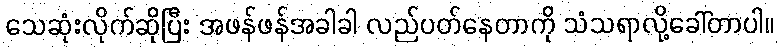
သေဆုံးလိုက်ဆိုပြီး အဖန်ဖန်အခါခါ လည်ပတ်နေတာကို သံသရာလို့ခေါ်တာပါ။